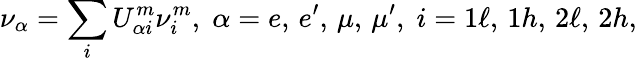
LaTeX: \nu_{\alpha}=\sum_{i}U_{\alpha i}^{m}\nu_{i}^{m},\; \alpha=e,\, e^{\prime},\, \mu,\, \mu^{\prime},\; i=1\ell,\, 1h,\, 2\ell,\, 2h,